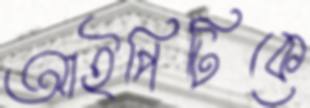
আইপিটিকে